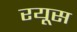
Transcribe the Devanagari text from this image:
रयूस